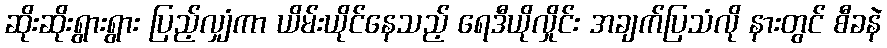
ဆိုးဆိုးရွားရွား ပြည့်လျှံကာ ယိမ်းယိုင်နေသည့် ရေဒီယိုလှိုင်း အချက်ပြသံလို နားတွင် စီခနဲ